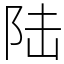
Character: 陆